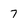
Character: 7